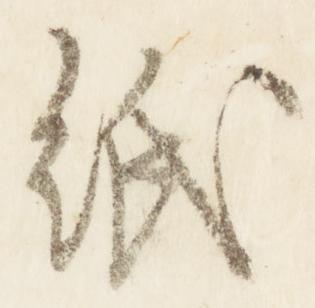
紙